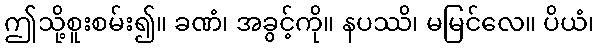
ဤသို့စူးစမ်း၍။ ခဏံ၊ အခွင့်ကို။ နပဿိ၊ မမြင်လေ။ ပိယံ၊